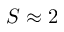
S \approx 2